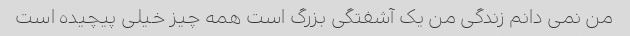
من نمی دانم زندگی من یک آشفتگی بزرگ است همه چیز خیلی پیچیده است